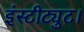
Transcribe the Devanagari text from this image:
इंस्टीट्युट।